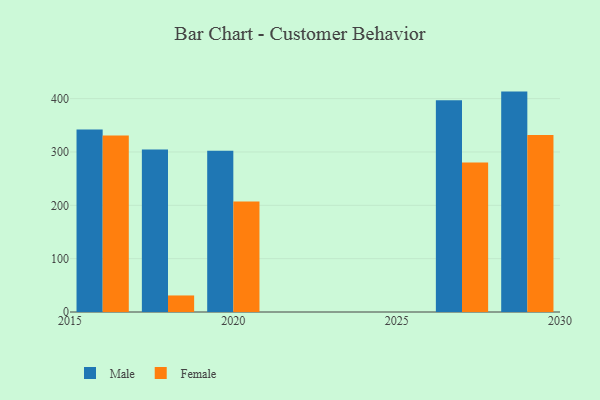
{"axis": {"x": "Year", "y": "Market Share (%)"}, "legend": ["Female", "Male"], "data": [{"x": "2020", "y": 302.1, "type": "Male"}, {"x": "2020", "y": 207.1, "type": "Female"}, {"x": "2016", "y": 342.1, "type": "Male"}, {"x": "2016", "y": 330.9, "type": "Female"}, {"x": "2027", "y": 397.0, "type": "Male"}, {"x": "2027", "y": 280.4, "type": "Female"}, {"x": "2029", "y": 413.2, "type": "Male"}, {"x": "2029", "y": 331.8, "type": "Female"}, {"x": "2018", "y": 304.5, "type": "Male"}, {"x": "2018", "y": 31.0, "type": "Female"}]}